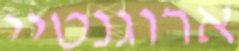
ארוגנטיי